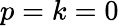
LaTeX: p=k=0